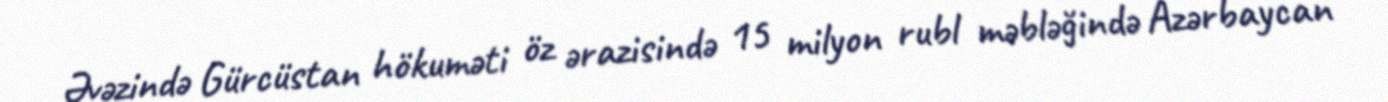
Əvəzində Gürcüstan hökuməti öz ərazisində 15 milyon rubl məbləğində Azərbaycan